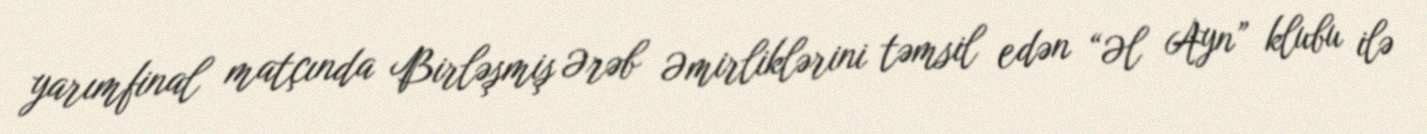
yarımfinal matçında Birləşmiş Ərəb Əmirliklərini təmsil edən “Əl Ayn” klubu ilə